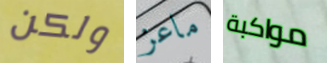
ولكن ماعز مواكبة